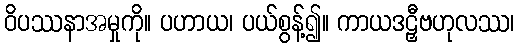
ဝိပဿနာအမှုကို။ ပဟာယ၊ ပယ်စွန့်၍။ ကာယဒဠှီဗဟုလဿ၊